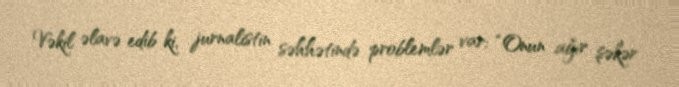
Vəkil əlavə edib ki, jurnalistin səhhətində problemlər var: “Onun ağır şəkər